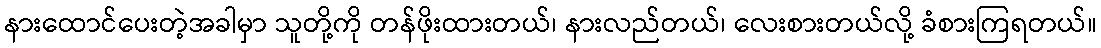
နားထောင်ပေးတဲ့အခါမှာ သူတို့ကို တန်ဖိုးထားတယ်၊ နားလည်တယ်၊ လေးစားတယ်လို့ ခံစားကြရတယ်။